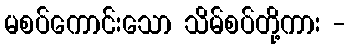
မစပ်ကောင်းသော သိမ်စပ်တို့ကား -